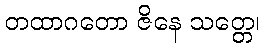
တထာဂတော ဇိနေ သတ္တေ၊